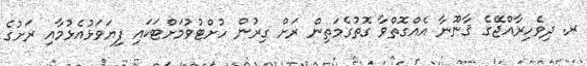
ރ. ދިވެހިރާއްޖޭގެ ޤާނޫނާ އެއްގޮތްވާ ގޮތުގެމަތިން ރަށް ގިރުން ހުށްޓުވުމަށްޓަކައި ފިޔަވަޅުއެޅުމާއި ރަށުގެ